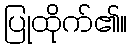
ပြုထိုက်၏။